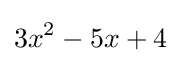
3x^{2}-5x+4